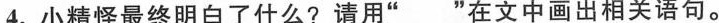
4.小精怪最终明白了什么?请用”___”在文中画出相关语句。